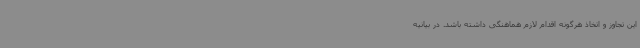
این تجاوز و اتخاذ هرگونه اقدام لازم هماهنگی داشته باشد. در بیانیه